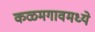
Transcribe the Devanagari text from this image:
कळमगावमध्ये